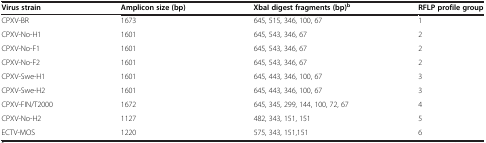
<table><thead><tr><td><b>Virus strain</b></td><td><b>Amplicon size (bp)</b></td><td><b>XbaI digest fragments (bp)<sup>b</sup></b></td><td><b>RFLP profile group</b></td></tr></thead><tbody><tr><td>CPXV-BR</td><td>1673</td><td>645, 515, 346, 100, 67</td><td>1</td></tr><tr><td>CPXV-No-H1</td><td>1601</td><td>645, 543, 346, 67</td><td>2</td></tr><tr><td>CPXV-No-F1</td><td>1601</td><td>645, 543, 346, 67</td><td>2</td></tr><tr><td>CPXV-No-F2</td><td>1601</td><td>645, 543, 346, 67</td><td>2</td></tr><tr><td>CPXV-Swe-H1</td><td>1601</td><td>645, 443, 346, 100, 67</td><td>3</td></tr><tr><td>CPXV-Swe-H2</td><td>1601</td><td>645, 443, 346, 100, 67</td><td>3</td></tr><tr><td>CPXV-FIN/T2000</td><td>1672</td><td>645, 345, 299, 144, 100, 72, 67</td><td>4</td></tr><tr><td>CPXV-No-H2</td><td>1127</td><td>482, 343, 151, 151</td><td>5</td></tr><tr><td>ECTV-MOS</td><td>1220</td><td>575, 343, 151,151</td><td>6</td></tr></tbody></table>